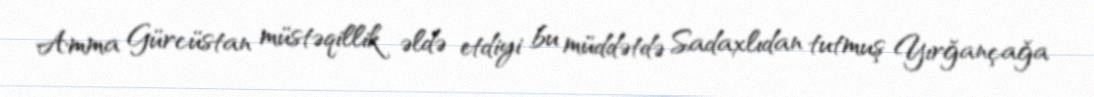
Amma Gürcüstan müstəqillik əldə etdiyi bu müddətdə Sadaxlıdan tutmuş Yırğançağa